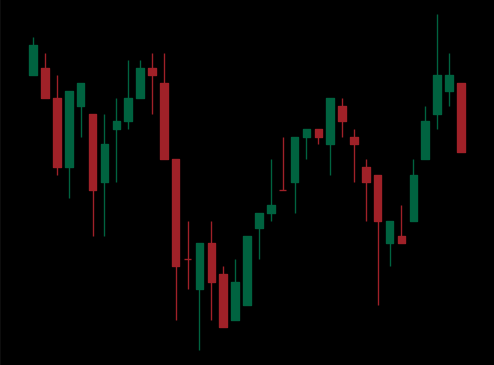
Pattern: inverse_head_shoulders